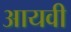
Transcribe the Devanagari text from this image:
आयवी